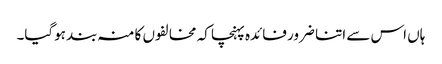
ہاں اس سے اتنا ضرور فائدہ پہنچا کہ مخالفوں کا منہ بند ہوگیا۔